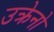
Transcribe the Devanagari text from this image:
उक्रेनो